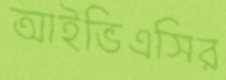
আইভিএসির